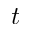
t